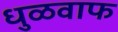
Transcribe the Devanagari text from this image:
धुळवाफ